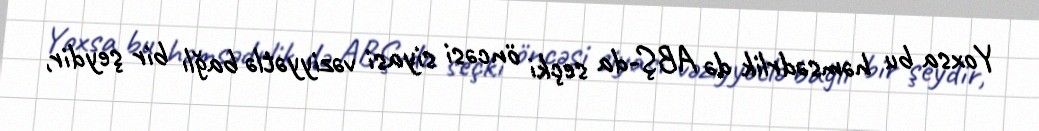
Yoxsa bu həmsədrlik də ABŞ-da seçki öncəsi siyasi vəziyyətlə bağlı bir şeydir,